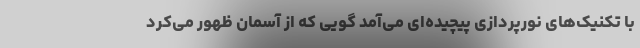
با تکنیک‌های نورپردازی پیچیده‌ای می‌آمد گویی که از آسمان ظهور می‌کرد